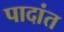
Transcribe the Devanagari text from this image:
पादांत